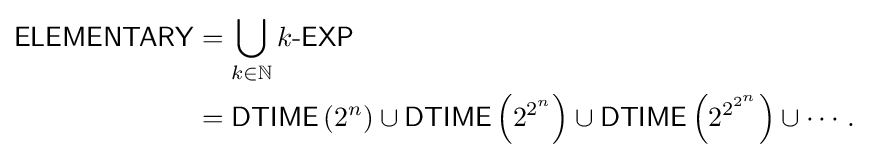
{\begin{aligned}{\mathsf {ELEMENTARY}}&=\bigcup _{k\in \mathbb {N} }k{\mathsf {{\mbox{-}}EXP}}\\&={\mathsf {DTIME}}\left(2^{n}\right)\cup {\mathsf {DTIME}}\left(2^{2^{n}}\right)\cup {\mathsf {DTIME}}\left(2^{2^{2^{n}}}\right)\cup \cdots .\end{aligned}}